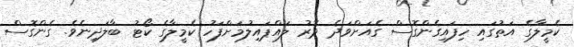
ކެމީލާގެ އަތުގައި ހިފައިގެންގޮސް ގެއަށްވަދެ ދޮރު ލައްޕައިލުމަށްފަހު ކެމީލާގެ ކޯޓު ބާލަދިނެވެ. ގެންގޮސް